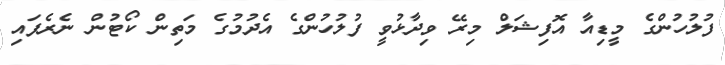
ފުލުހުންގެ މީޑިއާ އޮފިޝަލް މިރޭ ވިދާޅުވީ ފުލުހުންގެ އެދުމުގެ މަތިން ކޯޓުން ނެރެފައި